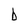
Character: b